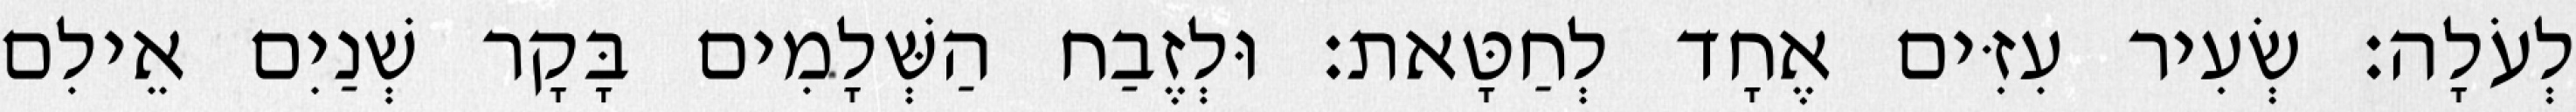
לְעֹלָה׃ שְׂעִיר עִזִּים אֶחָד לְחַטָּאת׃ וּלְזֶבַח הַשְּׁלָמִים בָּקָר שְׁנַיִם אֵילִם